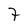
Character: 7